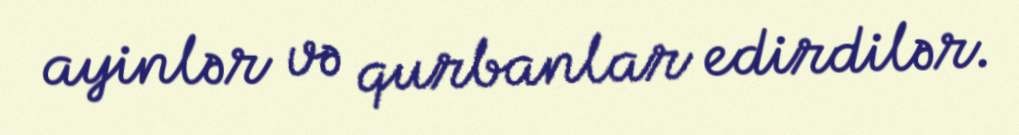
ayinlər və qurbanlar edirdilər.